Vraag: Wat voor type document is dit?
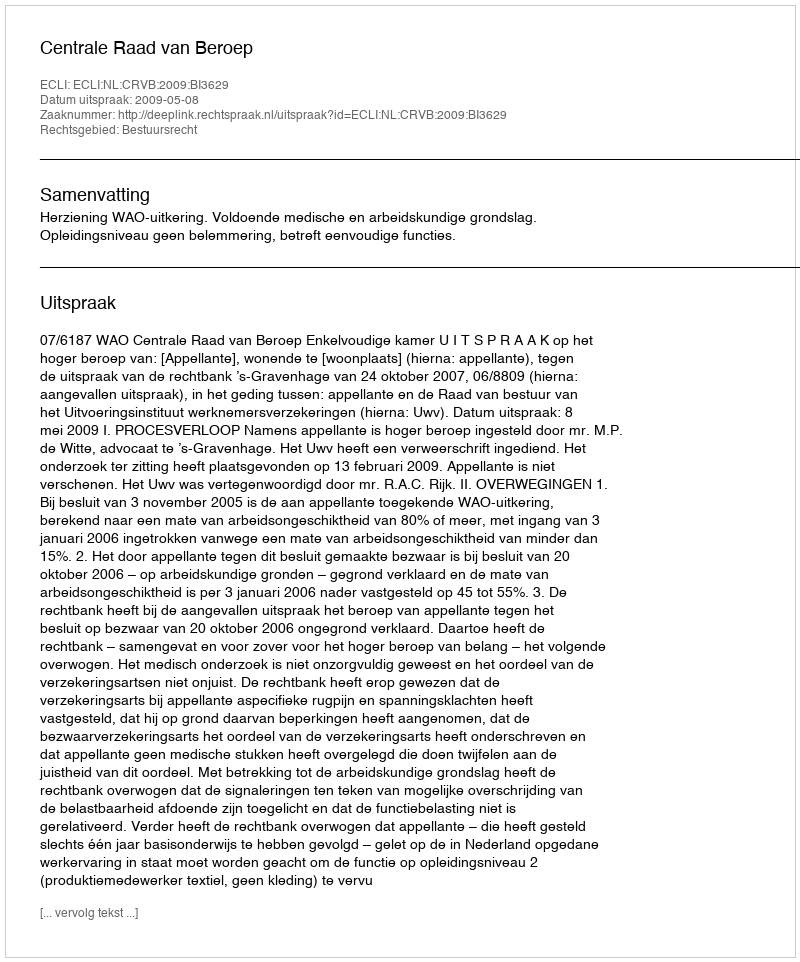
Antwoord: Uitspraak